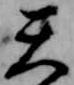
天